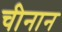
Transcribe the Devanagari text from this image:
चीनान